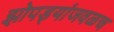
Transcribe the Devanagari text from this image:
झोपड्यांजवळच